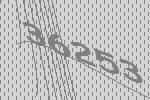
36253